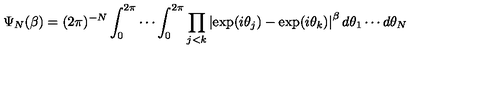
\Psi _ { N } ( \beta ) = ( 2 \pi ) ^ { - N } \int _ { 0 } ^ { 2 \pi } \cdots \int _ { 0 } ^ { 2 \pi } \prod _ { j < k } \left\vert \exp ( i \theta _ { j } ) - \exp ( i \theta _ { k } ) \right\vert ^ { \beta } d \theta _ { 1 } \cdots d \theta _ { N }